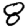
Digit: 8